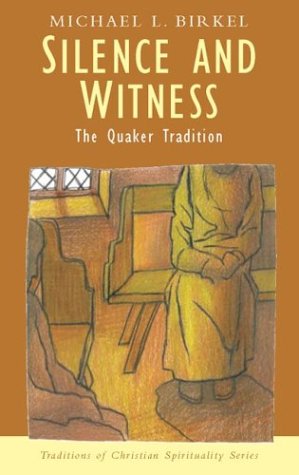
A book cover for Silence and Witness: The Quaker Tradition (Traditions of Christian Spirituality.); Michael L. Birkel; Christian Books & Bibles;